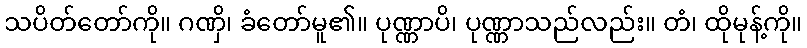
သပိတ်တော်ကို။ ဂဏှိ၊ ခံတော်မူ၏။ ပုဏ္ဏာပိ၊ ပုဏ္ဏာသည်လည်း။ တံ၊ ထိုမုန့်ကို။